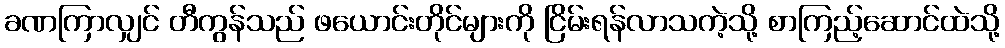
ခဏကြာလျှင် တီကွန်သည် ဖယောင်းတိုင်များကို ငြိမ်းရန်လာသကဲ့သို့ စာကြည့်ဆောင်ထဲသို့